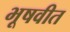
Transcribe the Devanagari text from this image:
भूषवीत